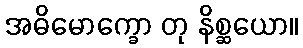
အဓိမောက္ခော တု နိစ္ဆယော။